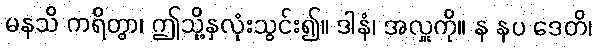
မနသိ ကရိတွာ၊ ဤသို့နှလုံးသွင်း၍။ ဒါနံ၊ အလှူကို။ န နပ ဒေတိ၊